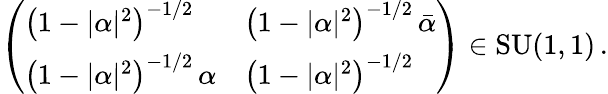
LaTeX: \left(\begin{array}{ll}{\left(1-\vert\alpha\vert^{2}\right)^{-1/2}}&{\left(1-\vert\alpha\vert^{2}\right)^{-1/2}\, \bar{\alpha}}\\ {\left(1-\vert\alpha\vert^{2}\right)^{-1/2}\, \alpha}&{\left(1-\vert\alpha\vert^{2}\right)^{-1/2}}\end{array}\right)\in\mathrm{SU}(1,1)\, .